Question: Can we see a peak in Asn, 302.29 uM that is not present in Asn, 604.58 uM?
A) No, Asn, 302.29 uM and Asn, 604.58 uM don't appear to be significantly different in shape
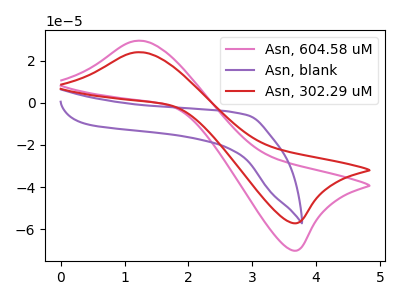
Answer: <think>The pink curve "Asn, 604.58 uM" has an anodic peak at (1.20V, 29.40uA) and a cathodic peak at (3.70V, -70.10uA). The purple curve "Asn, blank" has no peaks. The red curve "Asn, 302.29 uM" has an anodic peak at (1.20V, 23.95uA) and a cathodic peak at (3.70V, -57.10uA).
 All the peaks in "Asn, 302.29 uM" have a peak in "Asn, 604.58 uM" at the same potential. Every peak in "Asn, 302.29 uM" is lower than every peak in "Asn, 604.58 uM".</think>
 <answer>A) No, "Asn, 302.29 uM" and "Asn, 604.58 uM" don't appear to be significantly different in shape</answer>
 <eval>A</eval>